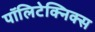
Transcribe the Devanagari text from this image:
पॉलिटेक्निक्स